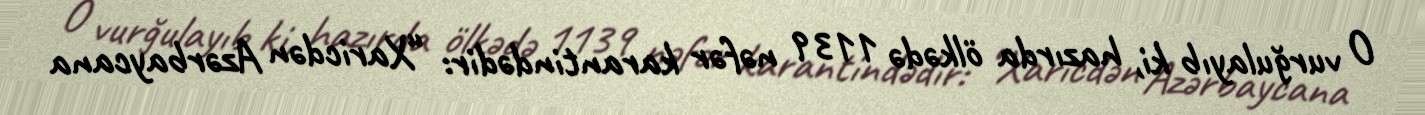
O vurğulayıb ki, hazırda ölkədə 1139 nəfər karantindədir: “Xaricdən Azərbaycana